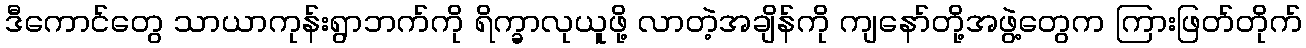
ဒီကောင်တွေ သာယာကုန်းရွာဘက်ကို ရိက္ခာလုယူဖို့ လာတဲ့အချိန်ကို ကျနော်တို့အဖွဲ့တွေက ကြားဖြတ်တိုက်